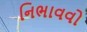
નિભાવવો